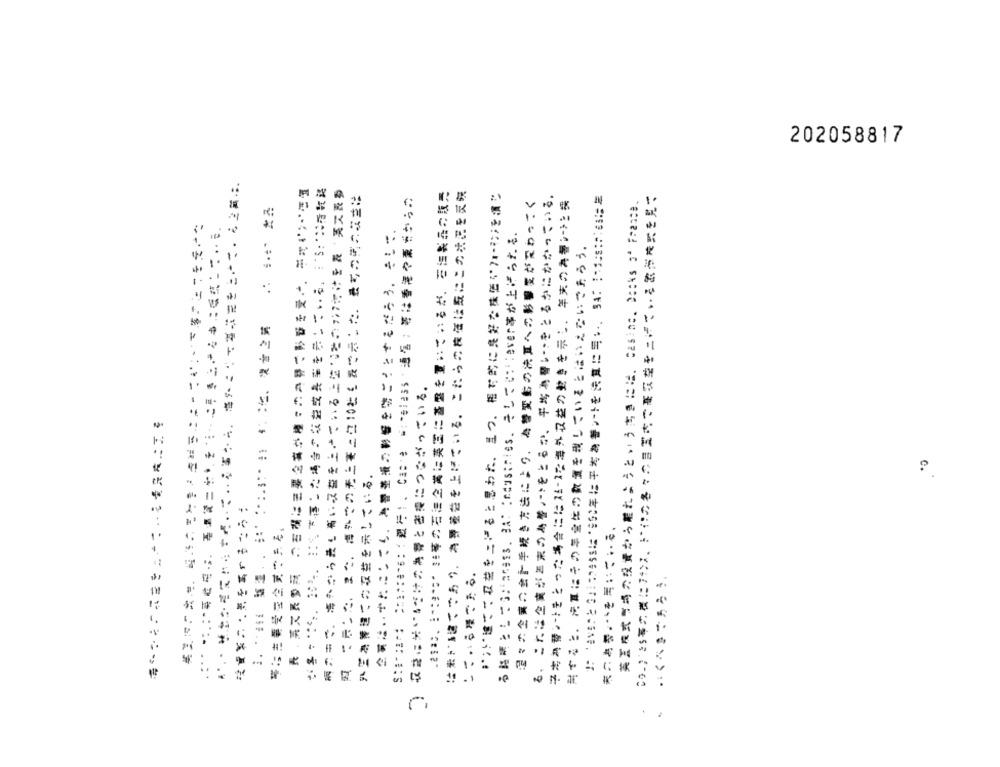
202058817
は素がふけてであり、 為評華益を上げている。 これらの株価は気にこかれこを気院
湿々の企業の会計手続き方法により、為替変動の決算への影響度が変わっこく
る、これは企業が黒末の為替いとをとるか、平均為替いーっせとみなにむかっている。
子宮為替レートきとった場合にはスースた海外収益の動きを示し、年末の為替レートと探
黃蓋株式市場が投資から離れようというまきには. Casing. Decks of France.
開さると、 決算にその年金化の数量を現していことはいえないであらう。
..
..
..